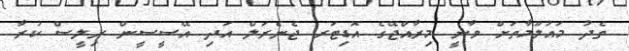
ތެދު މައުލޫމާތަށް ވާނީ މިރާއްޖޭގެ އޮޑިޓަރ ޖެނެރަލް އަދި އޭސީސީން ރިލީސް ކުރާ